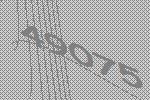
49075